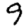
Digit: 9